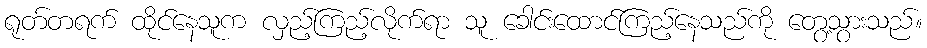
ရုတ်တရက် ထိုင်နေသူက လှည့်ကြည့်လိုက်ရာ သူ ခေါင်းထောင်ကြည့်နေသည်ကို တွေ့သွားသည်။